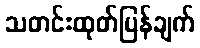
သတင်းထုတ်ပြန်ချက်